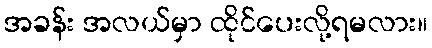
အခန်း အလယ်မှာ ထိုင်ပေးလို့ရမလား။